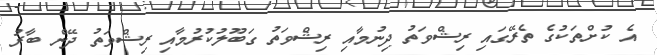
އެ ކުށްތަކުގެ ތެރޭގައި ރިޝްވަތު ދިނުމާއި ރިޝްވަތު ގަބޫލުކުރުމާއި ރިޝްވަތު ދޭން ބާރު